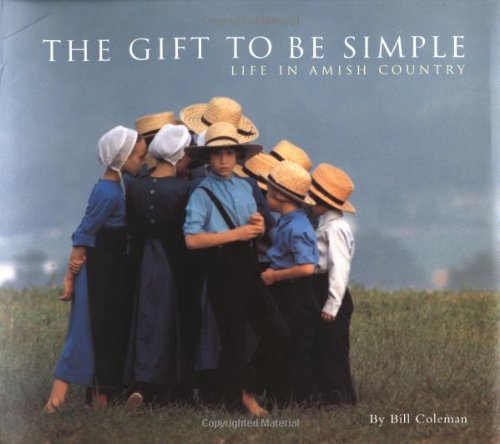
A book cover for The Gift to be Simple: Life in the Amish Country; Bill Coleman; Christian Books & Bibles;